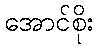
အောင်စိုး